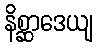
နိစ္ဆာဒေယျ